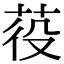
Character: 䓈